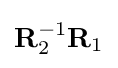
\mathbf {R} _{2}^{-1}\mathbf {R} _{1}